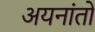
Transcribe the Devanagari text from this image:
अयनांतों